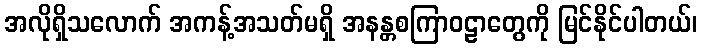
အလိုရှိသလောက် အကန့်အသတ်မရှိ အနန္တစကြာဝဠာတွေကို မြင်နိုင်ပါတယ်၊